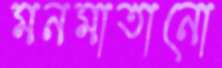
মনমাতানো